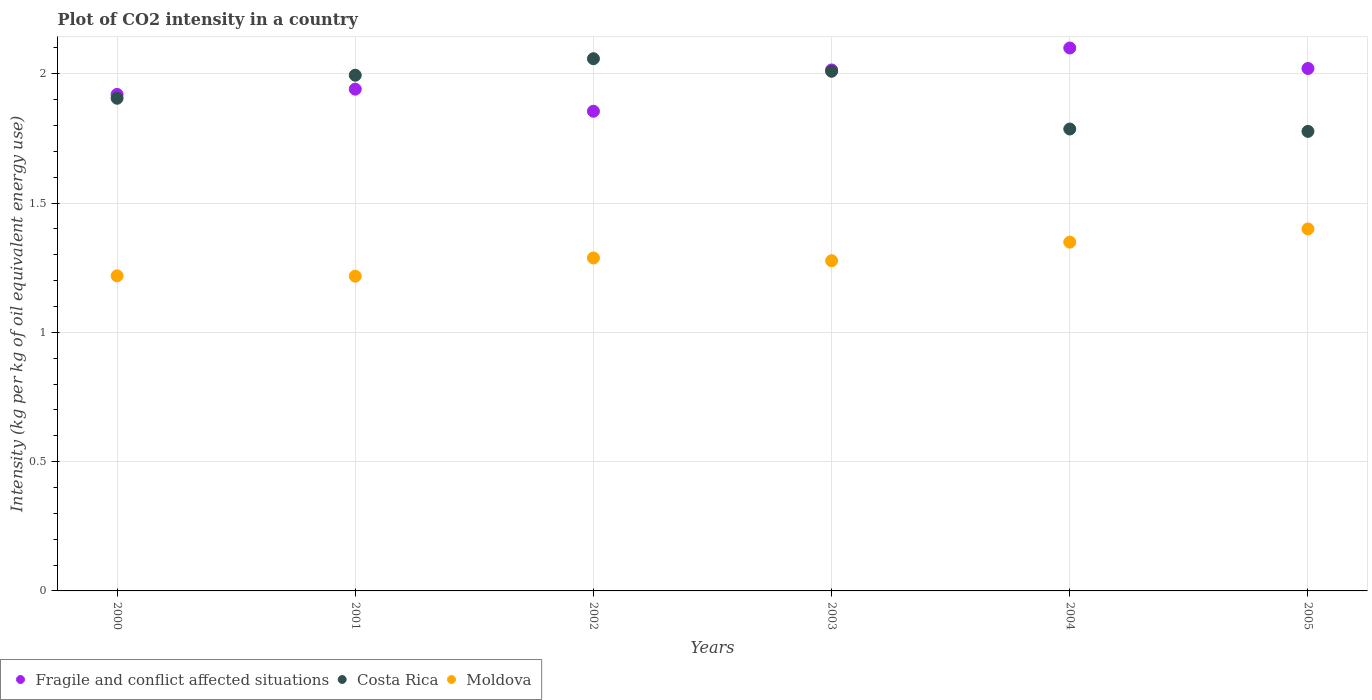
| Years | Fragile and conflict affected situations | Costa Rica | Moldova |
 | --- | --- | --- | --- |
 | 2000 | 1.92 | 1.91 | 1.22 |
 | 2001 | 1.94 | 1.99 | 1.22 |
 | 2002 | 1.85 | 2.06 | 1.29 |
 | 2003 | 2.01 | 2.01 | 1.28 |
 | 2004 | 2.1 | 1.79 | 1.35 |
 | 2005 | 2.02 | 1.78 | 1.4 |